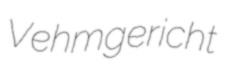
Vehmgericht